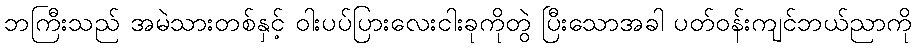
ဘကြီးသည် အမဲသားတစ်နှင့် ဝါးပပ်ပြားလေးငါးခုကိုတွဲ ပြီးသောအခါ ပတ်ဝန်းကျင်ဘယ်ညာကို